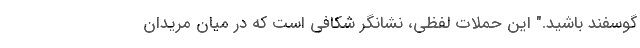
گوسفند باشید." این حملات لفظی، نشانگر شکافی است که در میان مریدان